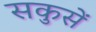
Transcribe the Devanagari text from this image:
सकुसें